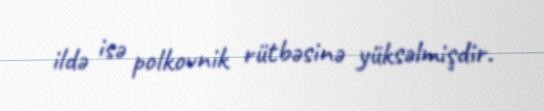
ildə isə polkovnik rütbəsinə yüksəlmişdir.